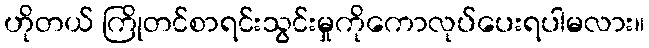
ဟိုတယ် ကြိုတင်စာရင်းသွင်းမှုကိုကောလုပ်ပေးရပါမလား။